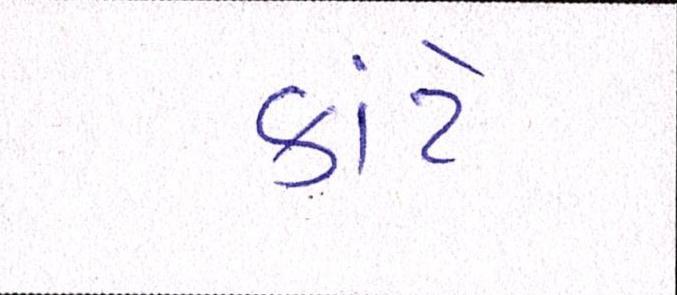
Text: કાંટે